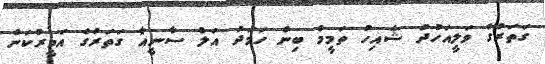
ގަތަރުގެ ވަލީއަހުދު ޝެއިހު ތަމީމް ބިން ހަމަދު އަލް ސާނީއާ ގަތަރުގެ އަމީރުކަން